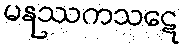
မနုဿကသဋေ